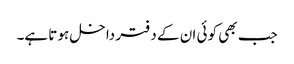
جب بھی کو ئی ان کے دفتر داخل ہو تا ہے۔